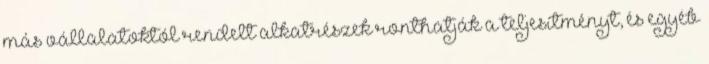
más vállalatoktól rendelt alkatrészek ronthatják a teljesítményt, és egyéb